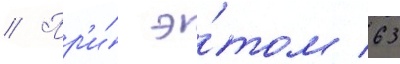
// Пр'и́ э́том 63